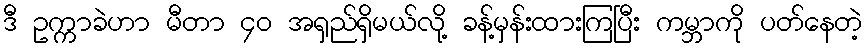
ဒီ ဥက္ကာခဲဟာ မီတာ ၄၀ အရှည်ရှိမယ်လို့ ခန့်မှန်းထားကြပြီး ကမ္ဘာကို ပတ်နေတဲ့